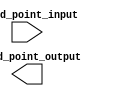
module fixed_point_square_root(
    input [15:0] fixed_point_input,
    output [15:0] fixed_point_output
);

reg [15:0] floating_point_input;
reg [15:0] floating_point_output;
reg [15:0] temp_result;

always @* begin
    // Conversion to floating-point representation
    floating_point_input = fixed_point_input / 256;

    // Square root calculation using Newton's method
    temp_result = {16{1'b0}};
    repeat(4) begin
        temp_result = (temp_result + floating_point_input / temp_result) >> 1;
    end

    // Conversion back to fixed-point number format
    floating_point_output = temp_result;
    fixed_point_output = floating_point_output * 256;
end

endmodule